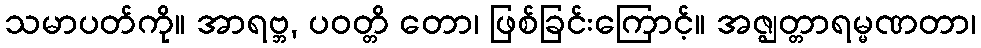
သမာပတ်ကို။ အာရဗ္ဘ, ပဝတ္တိ တော၊ ဖြစ်ခြင်းကြောင့်။ အဇ္ဈတ္တာရမ္မဏတာ၊